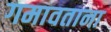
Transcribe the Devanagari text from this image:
गमावताना